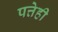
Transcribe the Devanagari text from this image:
पत्तेही